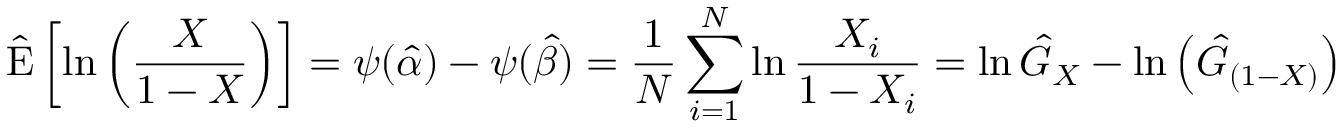
{ \hat { \operatorname { E } } } \left[ \ln \left( { \frac { X } { 1 - X } } \right) \right] = \psi ( { \hat { \alpha } } ) - \psi ( { \hat { \beta } } ) = { \frac { 1 } { N } } \sum _ { i = 1 } ^ { N } \ln { \frac { X _ { i } } { 1 - X _ { i } } } = \ln { \hat { G } } _ { X } - \ln \left( { \hat { G } } _ { ( 1 - X ) } \right)